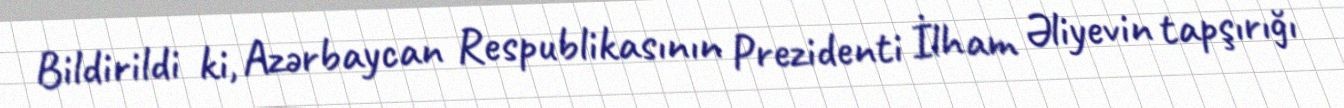
Bildirildi ki, Azərbaycan Respublikasının Prezidenti İlham Əliyevin tapşırığı